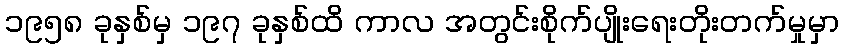
၁၉၅၈ ခုနှစ်မှ ၁၉၇ ခုနှစ်ထိ ကာလ အတွင်းစိုက်ပျိုးရေးတိုးတက်မှုမှာ